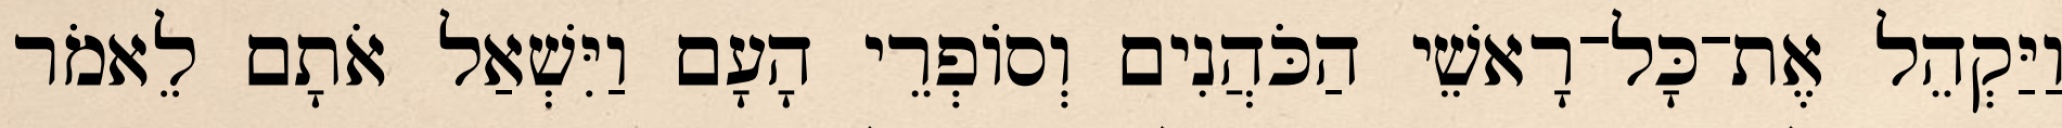
וַיַּקְהֵל אֶת־כָּל־רָאשֵׁי הַכֹּהֲנִים וְסוֹפְרֵי הָעָם וַיִּשְׁאַל אֹתָם לֵאמֹר